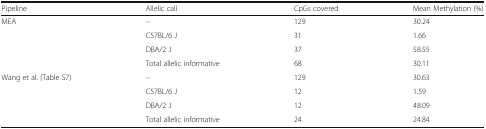
<table><thead><tr><td><b>Pipeline</b></td><td><b>Allelic call</b></td><td><b>CpGs covered</b></td><td><b>Mean Methylation (%)</b></td></tr></thead><tbody><tr><td rowspan="4">MEA</td><td>–</td><td>129</td><td>30.24</td></tr><tr><td>C57BL/6 J</td><td>31</td><td>1.66</td></tr><tr><td>DBA/2 J</td><td>37</td><td>58.55</td></tr><tr><td>Total allelic informative</td><td>68</td><td>30.11</td></tr><tr><td rowspan="4">Wang et al. (Table S7)</td><td>–</td><td>129</td><td>30.63</td></tr><tr><td>C57BL/6 J</td><td>12</td><td>1.59</td></tr><tr><td>DBA/2 J</td><td>12</td><td>48.09</td></tr><tr><td>Total allelic informative</td><td>24</td><td>24.84</td></tr></tbody></table>